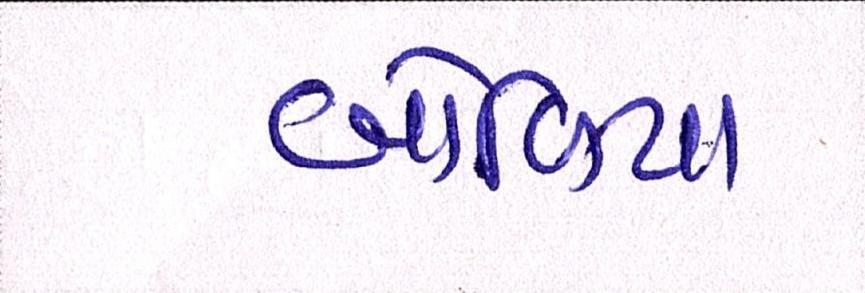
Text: બોળિયા